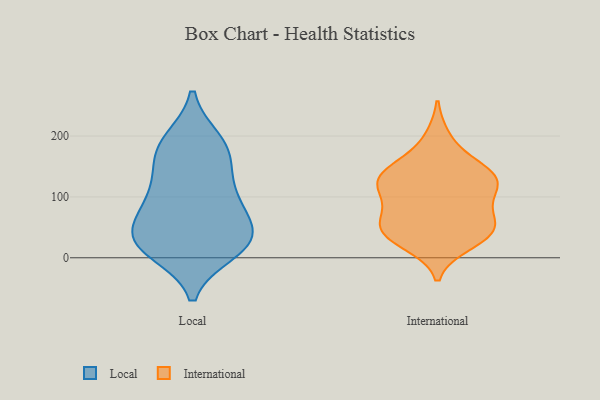
{"axis": {"x": "Page Views", "y": "Value"}, "legend": ["International", "Local"], "data": [{"x": "", "y": 21, "type": "Local"}, {"x": "", "y": 25, "type": "Local"}, {"x": "", "y": 23, "type": "Local"}, {"x": "", "y": 166, "type": "Local"}, {"x": "", "y": 11, "type": "Local"}, {"x": "", "y": 35, "type": "Local"}, {"x": "", "y": 99, "type": "Local"}, {"x": "", "y": 168, "type": "Local"}, {"x": "", "y": 35, "type": "Local"}, {"x": "", "y": 192, "type": "Local"}, {"x": "", "y": 127, "type": "Local"}, {"x": "", "y": 84, "type": "Local"}, {"x": "", "y": 55, "type": "Local"}, {"x": "", "y": 189, "type": "Local"}, {"x": "", "y": 94, "type": "Local"}, {"x": "", "y": 131, "type": "International"}, {"x": "", "y": 112, "type": "International"}, {"x": "", "y": 85, "type": "International"}, {"x": "", "y": 154, "type": "International"}, {"x": "", "y": 196, "type": "International"}, {"x": "", "y": 49, "type": "International"}, {"x": "", "y": 42, "type": "International"}, {"x": "", "y": 46, "type": "International"}, {"x": "", "y": 118, "type": "International"}, {"x": "", "y": 37, "type": "International"}, {"x": "", "y": 136, "type": "International"}, {"x": "", "y": 133, "type": "International"}, {"x": "", "y": 130, "type": "International"}, {"x": "", "y": 79, "type": "International"}, {"x": "", "y": 51, "type": "International"}, {"x": "", "y": 24, "type": "International"}]}